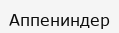
Аппениндер